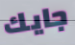
جايك